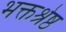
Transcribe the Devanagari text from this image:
भक्तश्रेष्ठ